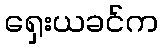
ရှေးယခင်က